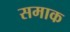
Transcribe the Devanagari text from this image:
समाक